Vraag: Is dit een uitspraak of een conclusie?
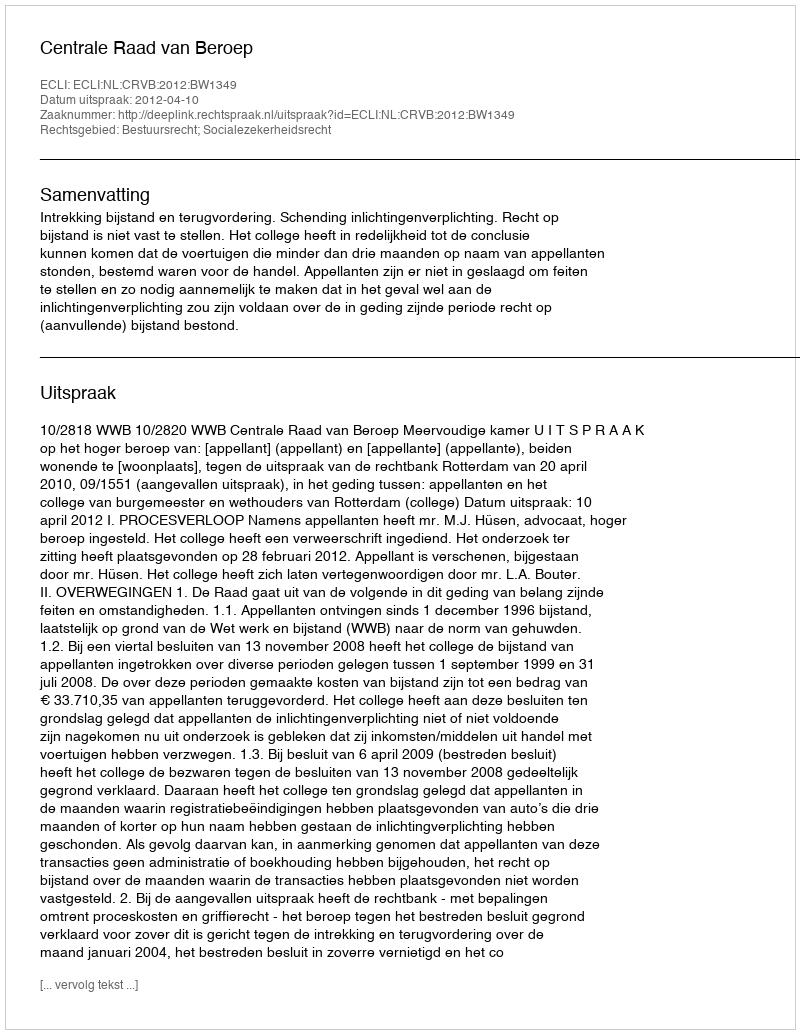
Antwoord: Uitspraak